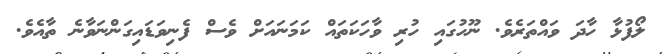
ލޯފުޅާ ހާދަ ވައްތަރެވެ. ނޫހުގައި ހުރި ވާހަކަތައް ކަމަނައަށް ވެސް ފެނިވަޑައިގަންނަވާނެ ތާއެވެ.